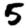
Digit: 5